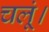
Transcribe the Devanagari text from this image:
चलूं।